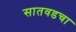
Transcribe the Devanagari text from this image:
सातवडचा